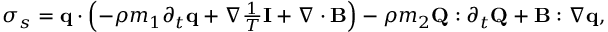
\begin{array} { r } { \sigma _ { s } = \mathbf q \cdot \left( - \rho m _ { 1 } \partial _ { t } \mathbf q + \nabla \frac { 1 } { T } \mathbf I + \nabla \cdot \mathbf B \right) - \rho m _ { 2 } \mathbf Q : \partial _ { t } \mathbf Q + \mathbf B : \nabla \mathbf q , } \end{array}